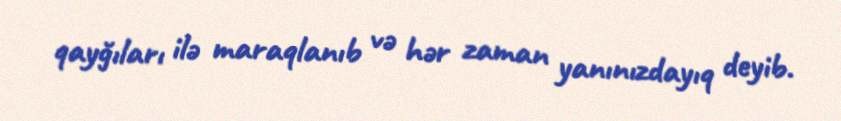
qayğıları ilə maraqlanıb və hər zaman yanınızdayıq deyib.